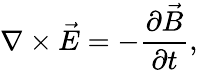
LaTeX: \nabla\times\vec{E}=-\frac{\partial\vec{B}}{\partial t},